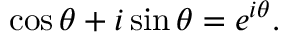
\cos \theta + i \sin \theta = e ^ { i \theta } .